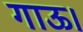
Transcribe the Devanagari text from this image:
गाऊ।